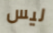
ليس